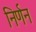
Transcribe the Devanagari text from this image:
निर्णन